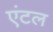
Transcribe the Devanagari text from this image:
एंटल